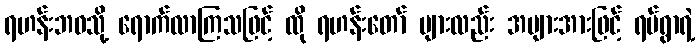
ရဟန်းဘဝသို့ ရောက်လာကြသဖြင့် ထို ရဟန်းတော် များလည်း အများအားဖြင့် ရပ်ရွာရဲ့